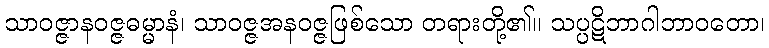
သာဝဇ္ဇာနဝဇ္ဇဓမ္မာနံ၊ သာဝဇ္ဇအနဝဇ္ဇဖြစ်သော တရားတို့၏။ သပ္ပဋိဘာဂါဘာဝတော၊